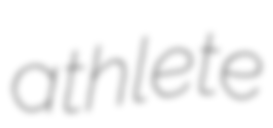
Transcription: athlete